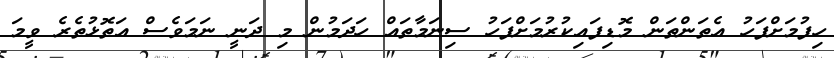
ހިފުމަށްފަހު އެތަންތަން މޮޑިފައިކުރުމަށްފަހު ސިނަމާތައް ހަދަމުން މި ދަނީ ނަމަވެސް އަތޮޅުތެރެ ވީމަ